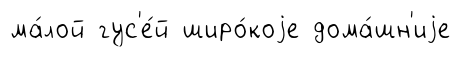
ма́лой гус'е́й широ́коjе дома́шн'иjе